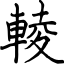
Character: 輘